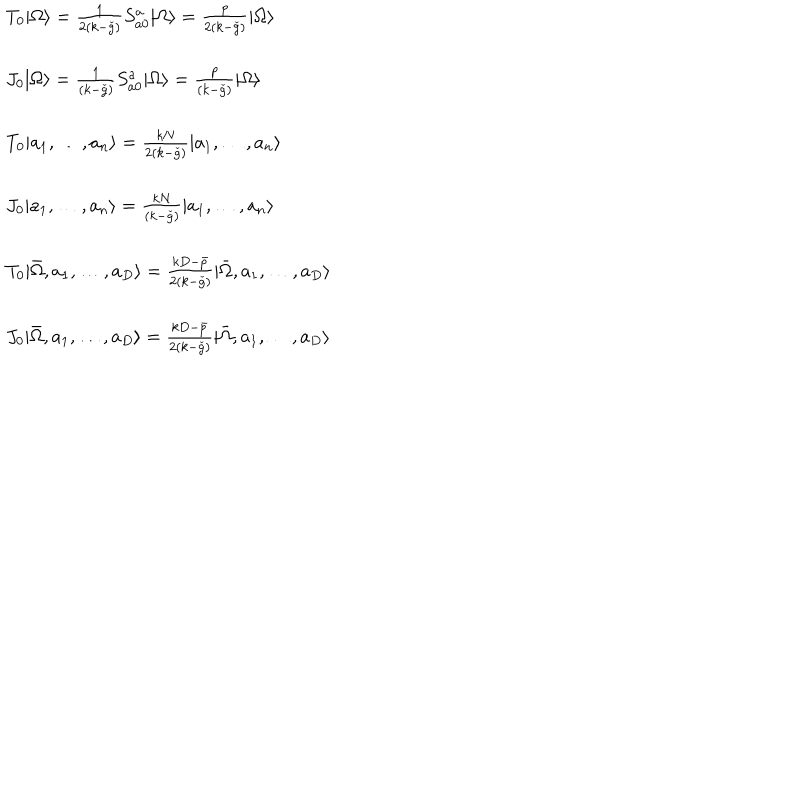
\begin{array} { l } { { T _ { 0 } | \Omega \rangle = \frac { 1 } { 2 ( k - \check { g } ) } S _ { a 0 } ^ { a } | \Omega \rangle = \frac { p } { 2 ( k - \check { g } ) } | \Omega \rangle } } \\ { { \ } } \\ { { J _ { 0 } | \Omega \rangle = \frac { 1 } { ( k - \check { g } ) } S _ { a 0 } ^ { a } | \Omega \rangle = \frac { p } { ( k - \check { g } ) } | \Omega \rangle } } \\ { { \ } } \\ { { T _ { 0 } | a _ { 1 } , \ldots , a _ { n } \rangle = \frac { k N } { 2 ( k - \check { g } ) } | a _ { 1 } , \ldots , a _ { n } \rangle } } \\ { { \ } } \\ { { J _ { 0 } | a _ { 1 } , \ldots , a _ { n } \rangle = \frac { k N } { ( k - \check { g } ) } | a _ { 1 } , \ldots , a _ { n } \rangle } } \\ { { \ } } \\ { { T _ { 0 } | \bar { \Omega } , a _ { 1 } , \ldots , a _ { D } \rangle = \frac { k D - \bar { p } } { 2 ( k - \check { g } ) } | \bar { \Omega } , a _ { 1 } , \ldots , a _ { D } \rangle } } \\ { { \ } } \\ { { J _ { 0 } | \bar { \Omega } , a _ { 1 } , \ldots , a _ { D } \rangle = \frac { k D - \bar { p } } { 2 ( k - \check { g } ) } | \bar { \Omega } , a _ { 1 } , \ldots , a _ { D } \rangle } } \\ \end{array}